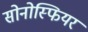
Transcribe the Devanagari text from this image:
सोनोस्फियर